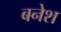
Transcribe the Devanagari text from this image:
बनेश